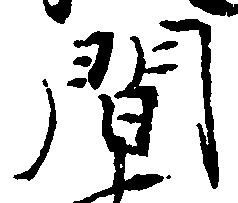
間